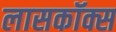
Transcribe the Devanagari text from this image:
लासकॉक्स